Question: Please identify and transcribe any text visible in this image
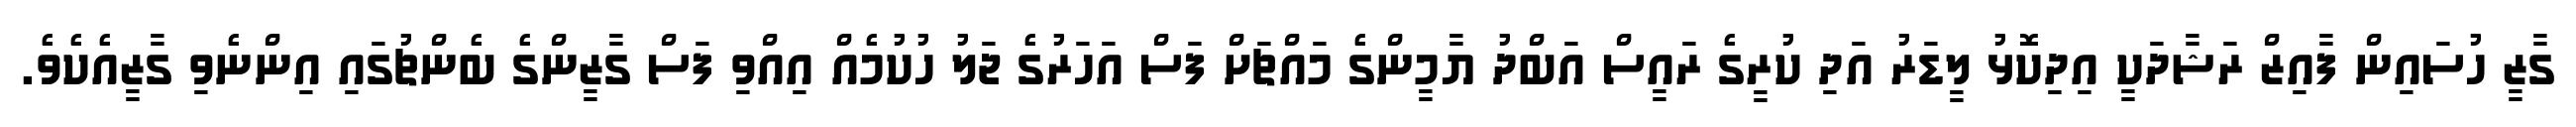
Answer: ގާޒީ ހުސައިން ފާއިޒް ރަޝާދަކީ އިދިކޮޅު ލީޑަރު އަދި ކުރީގެ ރައީސް އަބްދު ޔާމީންގެ މައްޗަށް ފަސް އަހަރުގެ ޖަލު ހުކުމެއް އިއްވި ފަސް ގާޒީންގެ ބެންޗުގައި އިންނެވި ގާޒީއެކެވެ.